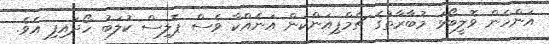
އަންހެން ވޮލީބޯޅަ މުބާރާތުގެ ޗެމްޕިއަންކަން އަނެއްކާ ވެސް ޕޮލިސް ކުލަބު ހޯދައިފި އެވެ.